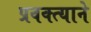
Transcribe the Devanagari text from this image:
प्रवक्त्याने